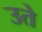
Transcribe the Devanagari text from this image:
उते